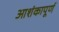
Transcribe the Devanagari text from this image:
आशंकापूर्ण